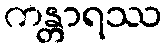
ကန္တာရဿ